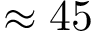
\approx 4 5